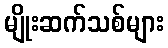
မျိုးဆက်သစ်များ